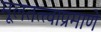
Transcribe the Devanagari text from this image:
मूलतत्त्वाप्रमाणे